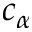
c _ { \alpha }